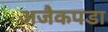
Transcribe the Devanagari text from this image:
अजैकपडा